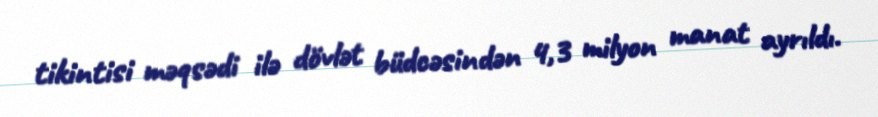
tikintisi məqsədi ilə dövlət büdcəsindən 4,3 milyon manat ayrıldı.